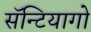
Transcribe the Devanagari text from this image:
सॅन्टियागो